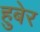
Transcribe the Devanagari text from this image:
हुबेर